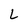
Character: L